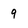
Character: 9